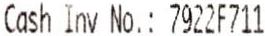
CASH INV NO.: 7922F711